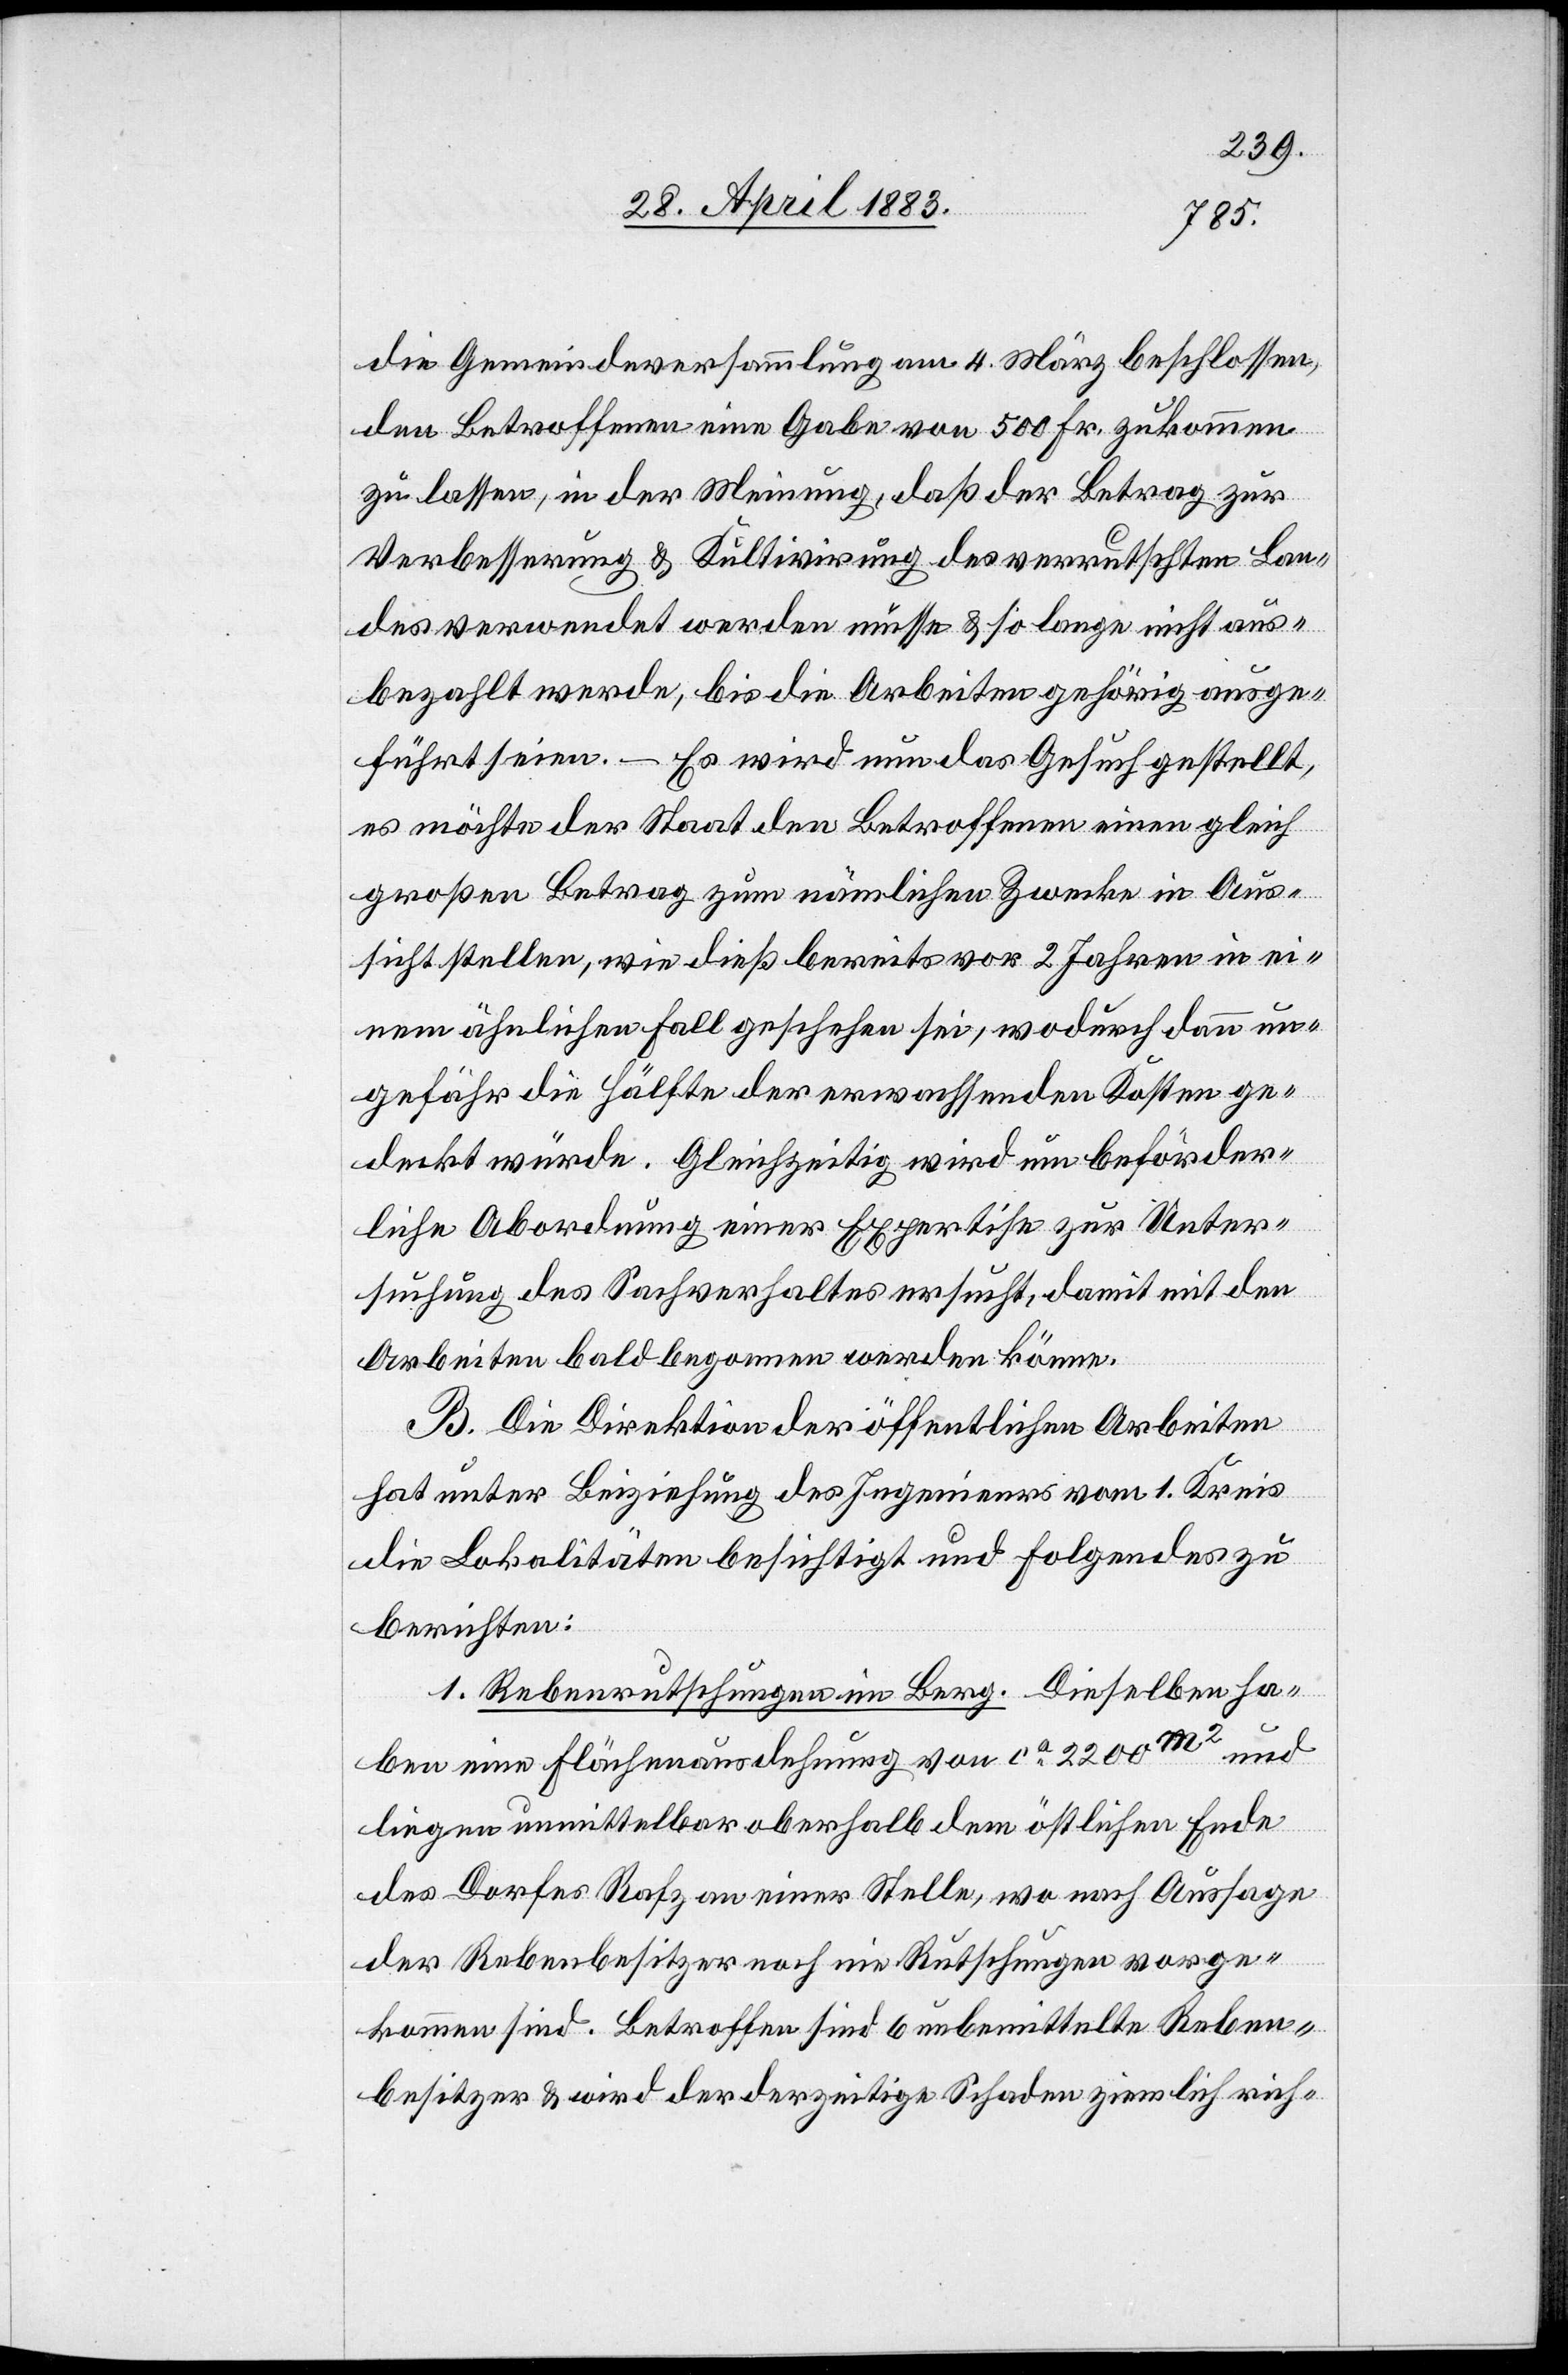
die Gemeindeversammlung am 4. März beschlossen,
den Betroffenen eine Gabe von 500 Fr. zukommen
zu lassen, in der Meinung, daß der Betrag zur
Verbesserung & Kultivirung des verrutschten Lan¬
des verwendet werden müsse & so lange nicht aus¬
bezahlt werde, bis die Arbeiten gehörig ausge¬
führt seien. – Es wird nun das Gesuch gestellt,
es möchte der Staat den Betroffenen einen gleich
großen Betrag zum nämlichen Zwecke in Aus¬
sicht stellen, wie dieß bereits vor 2 Jahren in ei¬
nem ähnlichen Fall geschehen sei, wodurch dann un¬
gefähr die Hälfte der erwachsenden Kosten ge¬
deckt würde. Gleichzeitig wird nun beförder¬
liche Abordnung einer Expertise zur Unter¬
suchung des Sachverhaltes ersucht, damit mit den
Arbeiten bald begonnen werden könne.
B. Die Direktion der öffentlichen Arbeiten
hat unter Beiziehung des Ingenieurs vom 1. Kreis
die Lokalitäten besichtigt und folgendes zu
berichten:
1. Rebenrutschungen im Berg. Dieselben ha¬
ben eine Flächenausdehnung von ca 2200m2 und
liegen unmittelbar oberhalb dem östlichen Ende
des Dorfes Rafz an einer Stelle, wo nach Aussage
der Rebenbesitzer noch nie Rutschungen vorge¬
kommen sind. Betroffen sind 6 unbemittelte Reben¬
besitzer & wird der derzeitige Schaden ziemlich rich-